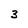
Character: 3